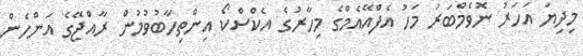
މިދިޔަ އަހަރު ނޮވެމްބަރު މަހު އެފްއޭއެމްގެ މިހާރުގެ އެކްސްކޯ އިންތިހާބުވުމުން ރާއްޖޭގެ އަންހެން